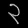
Digit: ၃